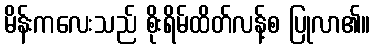
မိန်းကလေးသည် စိုးရိမ်ထိတ်လန့်စ ပြုလာ၏။